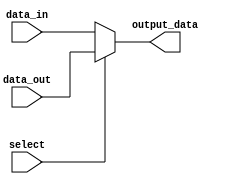
module io_block_bus_switch (
    input wire [7:0] data_in,
    input wire [7:0] data_out,
    input wire select,
    output wire [7:0] output_data
);

reg [7:0] mux_out;

always @ (select)
begin
    if (select == 1'b0) begin
        mux_out <= data_in;
    end else begin
        mux_out <= data_out;
    end
end

assign output_data = mux_out;

endmodule